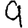
Digit: 9